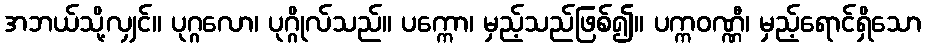
အဘယ်သို့လျှင်။ ပုဂ္ဂလော၊ ပုဂ္ဂိုလ်သည်။ ပက္ကော၊ မှည့်သည်ဖြစ်၍။ ပက္ကဝဏ္ဏီ၊ မှည့်ရောင်ရှိသော